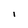
Character: I